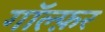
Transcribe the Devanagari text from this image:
गॉल्फ़र